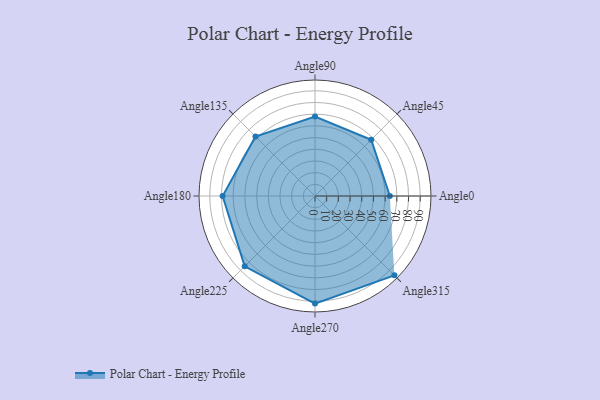
{"axis": {"x": "Angle", "y": "Radius"}, "legend": [""], "data": [{"x": "Angle0", "y": 64.0, "type": ""}, {"x": "Angle45", "y": 68.0, "type": ""}, {"x": "Angle90", "y": 68.0, "type": ""}, {"x": "Angle135", "y": 72.0, "type": ""}, {"x": "Angle180", "y": 79.0, "type": ""}, {"x": "Angle225", "y": 85.0, "type": ""}, {"x": "Angle270", "y": 92.0, "type": ""}, {"x": "Angle315", "y": 96.0, "type": ""}]}